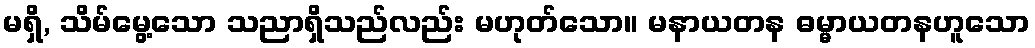
မရှိ, သိမ်မွေ့သော သညာရှိသည်လည်း မဟုတ်သော။ မနာယတန ဓမ္မာယတနဟူသော